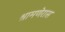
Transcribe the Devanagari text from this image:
श्रामणेरास